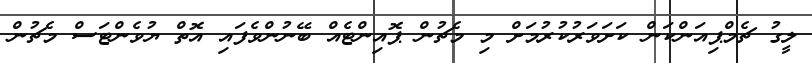
ލީގު ޗެމްޕިއަންކަން ކަށަވަރުކުރުމަށް މި މެޗުން ޕޮއިންޓެއް ބޭނުންވެފައި އޮތް ޔުވެންޓަސް މެޗުން